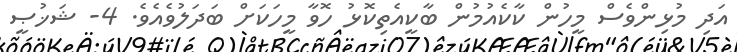
އަދި މުޅިންވެސް މީހުން ކާކެއުމުން ބާކީއެތިކޮޅު ހޮވާ މީހަކަށް ބަދަލުވެއެވެ. 4- ޝަޚުޞީ